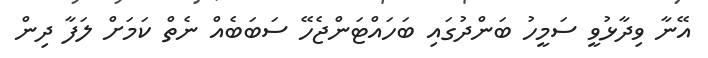
އޭނާ ވިދާޅުވީ ސަމީހު ބަންދުގައި ބަހައްޓަންޖެހޭ ސަބަބެއް ނެތް ކަމަށް ލަފާ ދިން